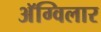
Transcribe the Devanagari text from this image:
अॅग्विलार